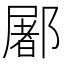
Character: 䣝